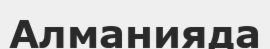
Алманияда